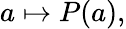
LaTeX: a\mapsto P(a),